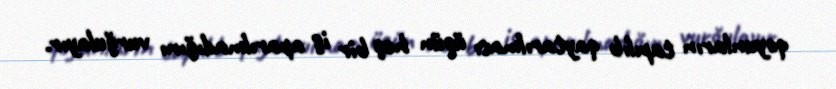
qoyunların tapılıb qaytarılması üçün heç bir iş aparılmadığını vurğulayır.